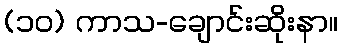
(၁၀) ကာသ-ချောင်းဆိုးနာ။